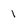
Character: 1